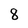
Character: 8